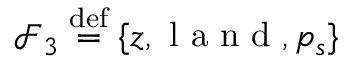
\mathcal { F } _ { 3 } \overset { \mathrm { d e f } } { = } \{ z , \mathrm { ~ l ~ a ~ n ~ d ~ } , p _ { s } \}